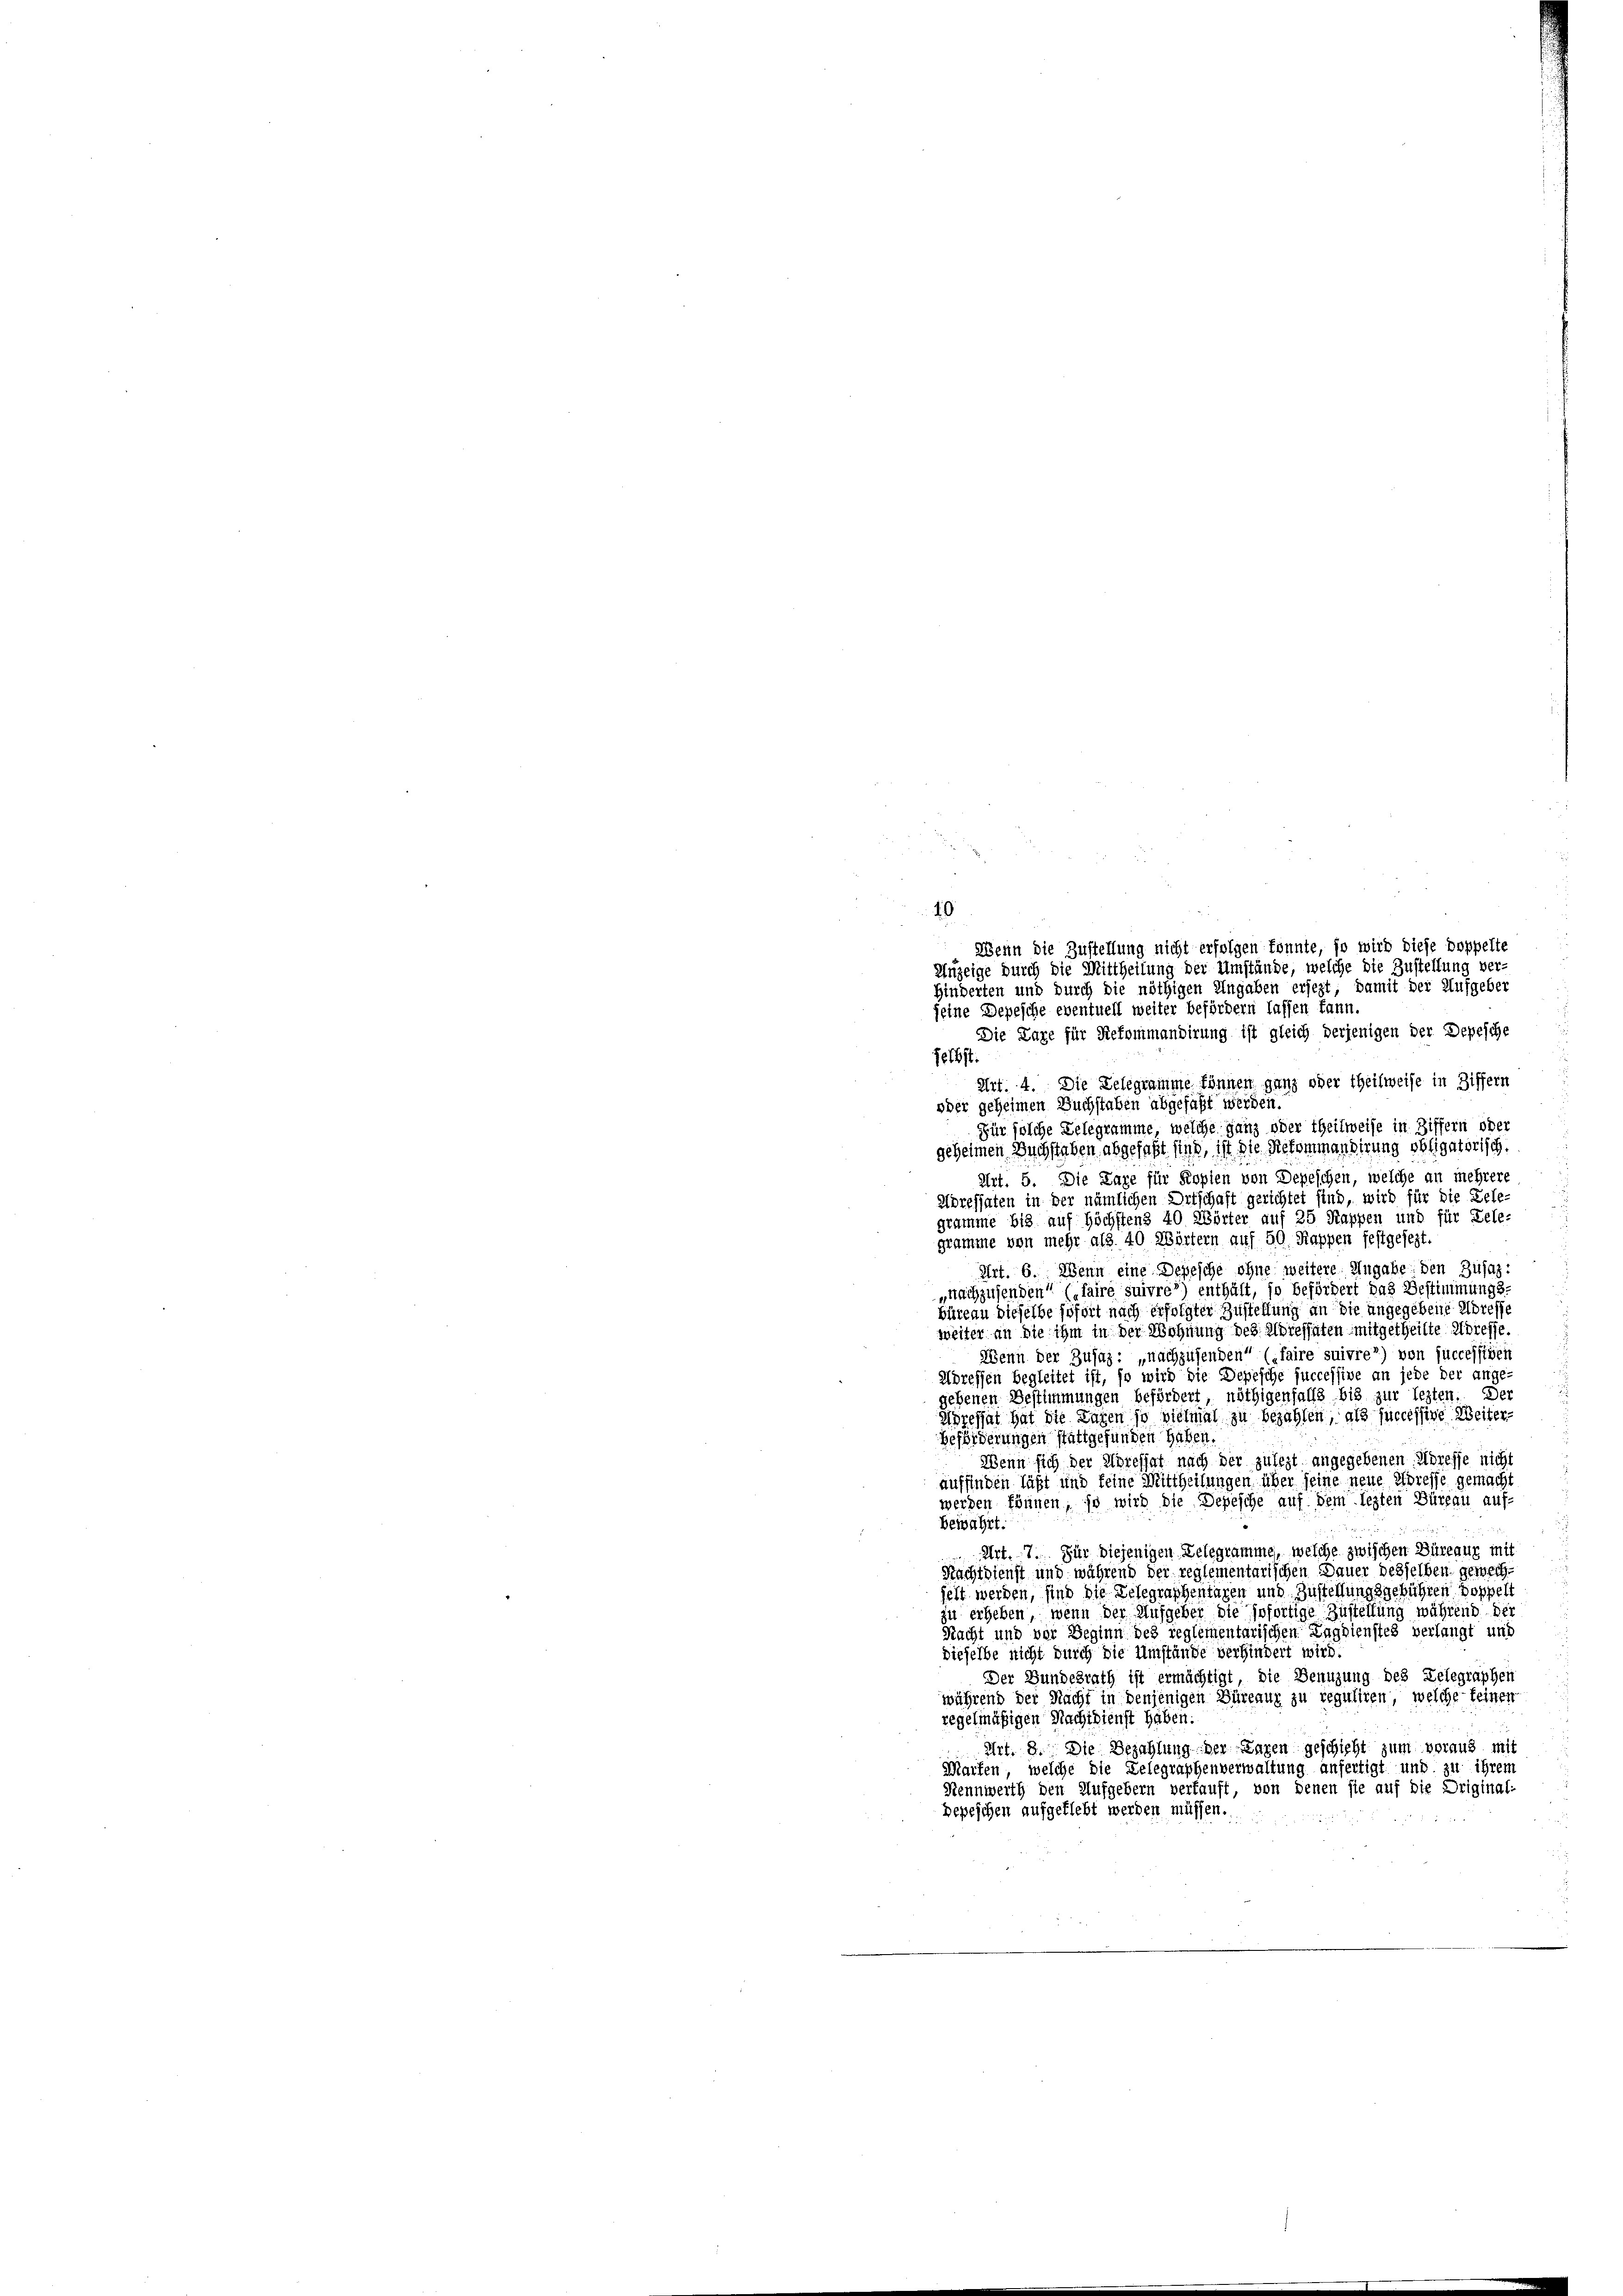
Wenn die Zustellung nicht erfolgen könnte, so wird diese Doppelte
Anzeige durch die Mittheilung der Umstände, welche die Zustellung ver
Hinderten und durch die nöthigen Angaben ersezt; damit der Aufgeber
seine Depesche eventuell weiter befördern lassen kann.
Die Lage für Refommandirung ist gleich derjenigen der Depesche
felbst.
Art. 4. Die Lelegramme können ganz oder theilweise in Ziffern
oder geheimen Buchstaben abgefaßt werden.
Für solche Delegramme, welche ganz oder theilweise in Ziffern oder
geheimen Buchstaben abgefaßt sind, ist die Retommandirung obligatorisch.
Art. 5. Die Lage für Kopien von Depeschen, welche an mehrere
Soresiaten in der nämlichen Ortschaft gerichtet sind, wird für die Dele-
gramme bis auf höchstens 40 Wörter auf 25 Rappen und für Dele-
gramme von mehr als 40 Wörtern auf 50 Rappen festgesezt.
Art. 6. Wenn eine Depesche ohne weitere Angabe den Zujaz-
„nachzusenden“ (faire suivres) enthält, so befördert das Bestimmungs-
büreau dieselbe sofort nach erfolgter Zustellung an die angegebene Adresse
weiter an die ihm in der Wohnung des Moressaten mitgetheilte Adresse.
Wenn der Zusatz: „nachzusenden“ (faire suivrer) von successiven
Adressen begleitet ist, so wird die Depesche successive an jede der ange-
gehenen Bestimmungen befördert, nöthigenfalls bis zur lezten. Der
Adressat hat die Lagen so vielmal zu bezahlen, als successive Weiter-
Beförderungen stattgefunden haben.
Wenn sich der Adressat nach der zulezt angegebenen Adresse nicht
auffinden läßt und feine Mittheilungen über seine neue Adresse gemacht
werden können, so wird die Depesche auf dem lezten Burgau auf-
bewährt.
Art. 7. Für diejenigen Lelegramme, welche zwischen Düreaur mit
Nachtdienst und während der reglementarischen Dauer desselben gewech
helt werden, sind die Telegraphentagen und Zustellungsgebühren Doppelt
zu erheben, wenn der Aufgeber die sofortige Zustellung während der
Nacht und vor Beginn des reglementarischen Zugbienstes verlangt und
dieselbe nicht durch die Umstände verhindert wird.
Der Bundesrath ist ermächtigt, die Benuzung des Telegraphen
während der Nacht in denjenigen Büreaux zu reguliren, welche feinen
regelmäßigen Nachtdienst haben:
Art. 8. Die Bezahlung der Lagen geschicht zum voraus mit
Marfen, welche die Delegraphenverwaltung anfertigt und zu ihrem
Rennwerth den Aufgebern verkauft, von denen sie auf die Driginal-
Depeschen aufgeflebt werden müssen.

10